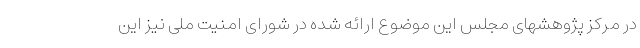
در مرکز پژوهشهای مجلس این موضوع ارائه شده در شورای امنیت ملی نیز این